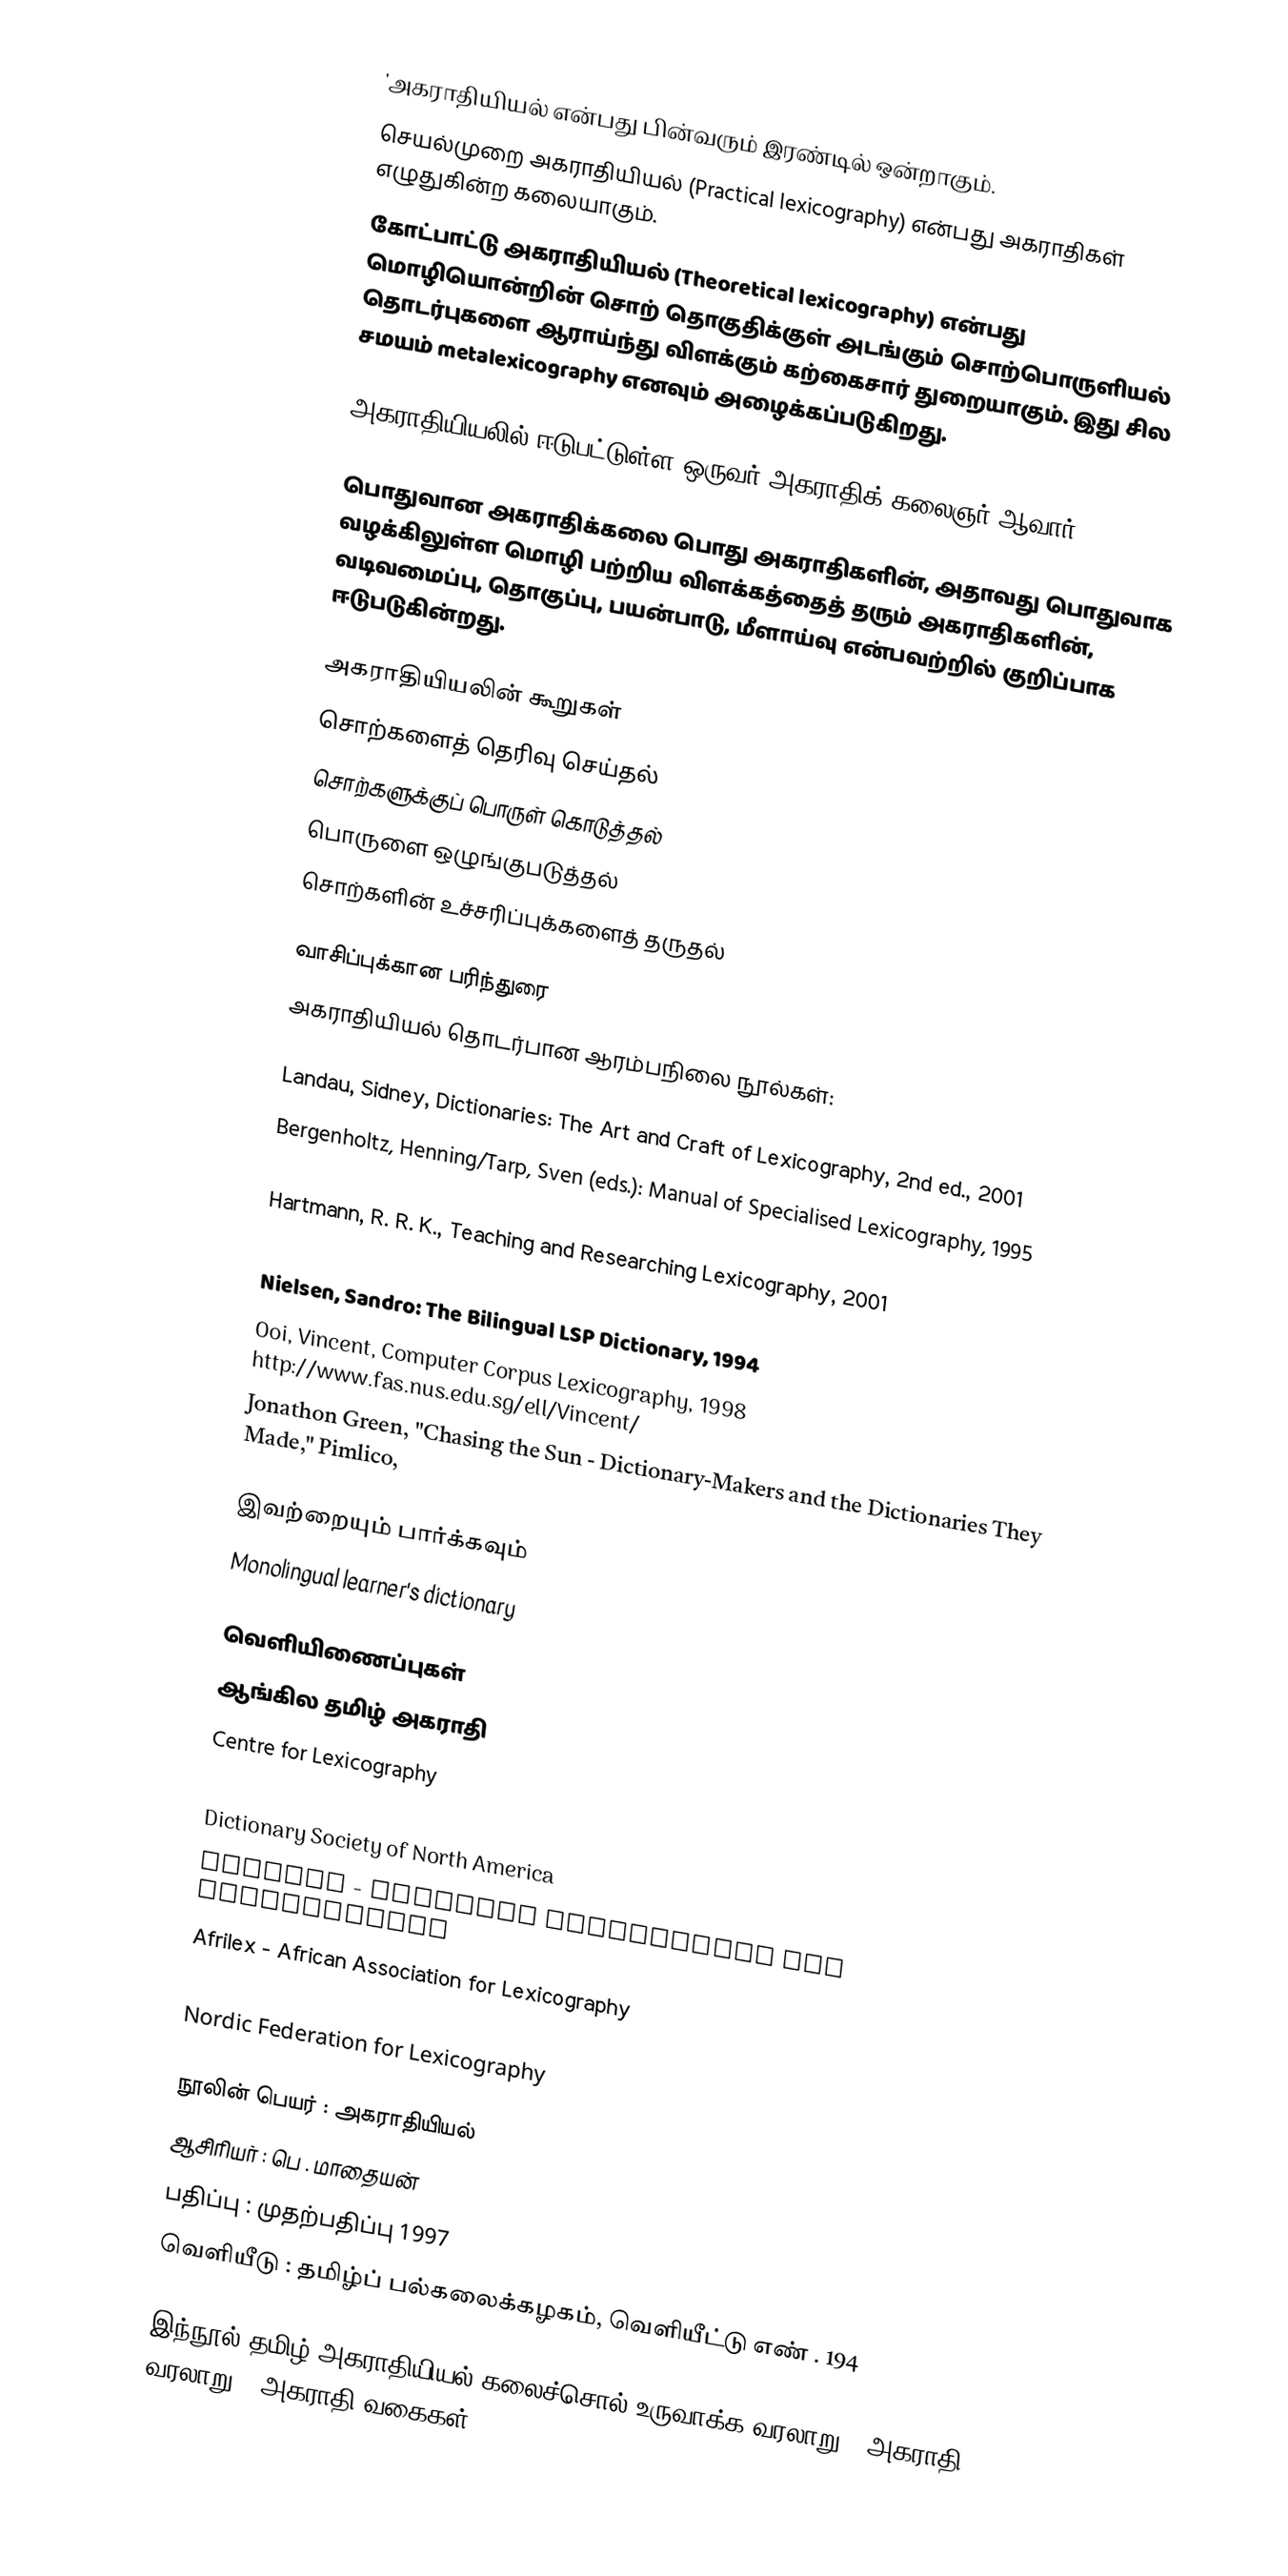
'அகராதியியல் என்பது பின்வரும் இரண்டில் ஒன்றாகும்.
செயல்முறை அகராதியியல் (Practical lexicography) என்பது அகராதிகள் எழுதுகின்ற கலையாகும்.
கோட்பாட்டு அகராதியியல் (Theoretical lexicography) என்பது மொழியொன்றின் சொற் தொகுதிக்குள் அடங்கும் சொற்பொருளியல் தொடர்புகளை ஆராய்ந்து விளக்கும் கற்கைசார் துறையாகும். இது சில சமயம் metalexicography எனவும் அழைக்கப்படுகிறது.

அகராதியியலில் ஈடுபட்டுள்ள ஒருவர் அகராதிக் கலைஞர் ஆவார்.

பொதுவான அகராதிக்கலை பொது அகராதிகளின், அதாவது பொதுவாக வழக்கிலுள்ள மொழி பற்றிய விளக்கத்தைத் தரும் அகராதிகளின், வடிவமைப்பு, தொகுப்பு, பயன்பாடு, மீளாய்வு என்பவற்றில் குறிப்பாக ஈடுபடுகின்றது.

அகராதியியலின் கூறுகள்
 சொற்களைத் தெரிவு செய்தல்
 சொற்களுக்குப் பொருள் கொடுத்தல்
 பொருளை ஒழுங்குபடுத்தல்
 சொற்களின் உச்சரிப்புக்களைத் தருதல்

வாசிப்புக்கான பரிந்துரை
அகராதியியல் தொடர்பான ஆரம்பநிலை நூல்கள்:

Landau, Sidney, Dictionaries: The Art and Craft of Lexicography, 2nd ed., 2001
Bergenholtz, Henning/Tarp, Sven (eds.): Manual of Specialised Lexicography, 1995
Bejoint, Henri, Modern Lexicography: An Introduction, 2000
Hartmann, R. R. K., Teaching and Researching Lexicography, 2001
Hartmann, R. R. K., Dictionary of Lexicography, 1998
Nielsen, Sandro: The Bilingual LSP Dictionary, 1994
Ooi, Vincent, Computer Corpus Lexicography, 1998 http://www.fas.nus.edu.sg/ell/Vincent/
Jonathon Green, "Chasing the Sun - Dictionary-Makers and the Dictionaries They Made," Pimlico,

இவற்றையும் பார்க்கவும்
Monolingual learner's dictionary

வெளியிணைப்புகள்
ஆங்கில தமிழ் அகராதி
Centre for Lexicography
International Journal of Lexicography
Dictionary Society of North America
Euralex - European Association for Lexicography
Afrilex - African Association for Lexicography
Australex - Australasian Association for Lexicography
Nordic Federation for Lexicography

நூலின் பெயர்  :  அகராதியியல்
ஆசிரியர் :   பெ . மாதையன்
பதிப்பு  : முதற்பதிப்பு  1997
வெளியீடு  :  தமிழ்ப் பல்கலைக்கழகம்,  வெளியீட்டு  எண் . 194

இந்நூல்  தமிழ் அகராதியியல்  கலைச்சொல்  உருவாக்க வரலாறு , அகராதி  வரலாறு , அகராதி வகைகள் ,